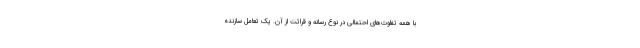
با همه تفاوت‌های احتمالی در نوع رسانه و قرائت از آن. یک تعامل سازنده